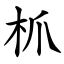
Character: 枛